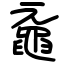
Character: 黿